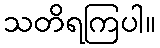
သတိရကြပါ။